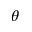
\theta